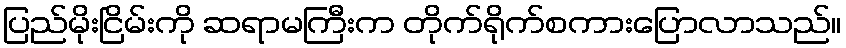
ပြည်မိုးငြိမ်းကို ဆရာမကြီးက တိုက်ရိုက်စကားပြောလာသည်။